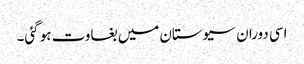
اسی دوران سیوستان میں بغاوت ہو گئی۔